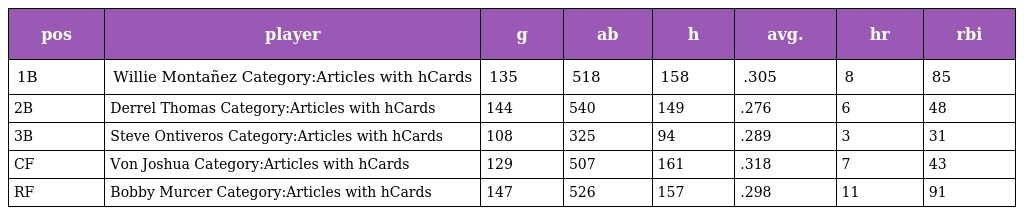
| pos | player | g | ab | h | avg. | hr | rbi |
 | --- | --- | --- | --- | --- | --- | --- | --- |
 | 1B | Willie Montañez Category:Articles with hCards | 135 | 518 | 158 | .305 | 8 | 85 |
 | 2B | Derrel Thomas Category:Articles with hCards | 144 | 540 | 149 | .276 | 6 | 48 |
 | 3B | Steve Ontiveros Category:Articles with hCards | 108 | 325 | 94 | .289 | 3 | 31 |
 | CF | Von Joshua Category:Articles with hCards | 129 | 507 | 161 | .318 | 7 | 43 |
 | RF | Bobby Murcer Category:Articles with hCards | 147 | 526 | 157 | .298 | 11 | 91 |